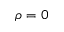
\rho = 0